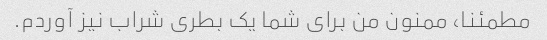
مطمئنا، ممنون من برای شما یک بطری شراب نیز آوردم.